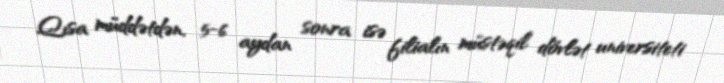
Qısa müddətdən, 5-6 aydan sonra isə filialın müstəqil dövlət universiteti